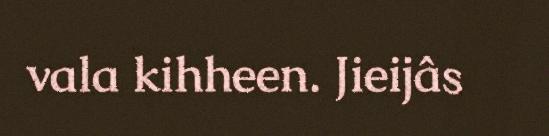
vala kihheen. Jieijâs